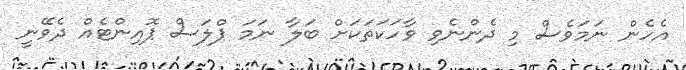
އެހެން ނަމަވެސް މި ދެންނެވި ވާހަކަތަކަށް ބަލާ ނަމަ ޕްލަސް ޕޮއިންޓެއް ދެވޭނީ